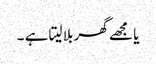
یا مجھے گھر بلا لیتا ہے ۔